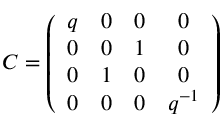
C = \left( \begin{array} { c c c c } { { q } } & { { 0 } } & { { 0 } } & { { 0 } } \\ { { 0 } } & { { 0 } } & { { 1 } } & { { 0 } } \\ { { 0 } } & { { 1 } } & { { 0 } } & { { 0 } } \\ { { 0 } } & { { 0 } } & { { 0 } } & { { q ^ { - 1 } } } \end{array} \right) \nonumber